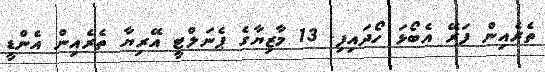
ތެރެއިން ފަރޭ އެބޯޅަ ހޯދައިފި. 13 މާޒިޔާގެ ޕެނަލްޓީ އޭރިޔާ ތެރެއިން އެންޑީ